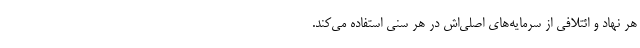
هر نهاد و ائتلافی از سرمایه‌های اصلی‌اش در هر سنی استفاده می‌کند.